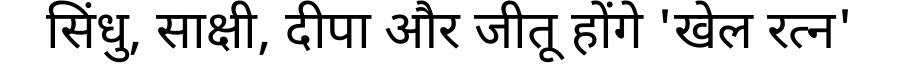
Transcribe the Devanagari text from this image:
सिंधु, साक्षी, दीपा और जीतू होंगे 'खेल रत्न'